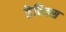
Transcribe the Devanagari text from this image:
डेविक्स